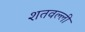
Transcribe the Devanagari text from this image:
शतवल्ली